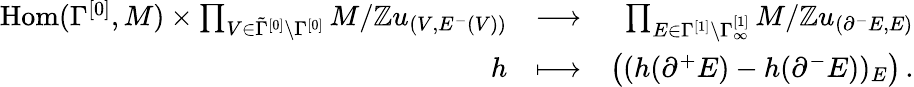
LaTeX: \begin{array}{rlr}{\mathrm{Hom}(\Gamma^{[0]},M)\times\prod_{V\in\tilde{\Gamma}^{[0]}\setminus\Gamma^{[0]}}M/\mathbb{Z}u_{(V,E^{-}(V))}}&{\longrightarrow}&{\prod_{E\in\Gamma^{[1]}\setminus\Gamma_{\infty}^{[1]}}M/\mathbb{Z}u_{(\partial^{-}E,E)}}\\ {h}&{\longmapsto}&{\big((h(\partial^{+}E)-h(\partial^{-}E))_{E}\big)\, .}\end{array}